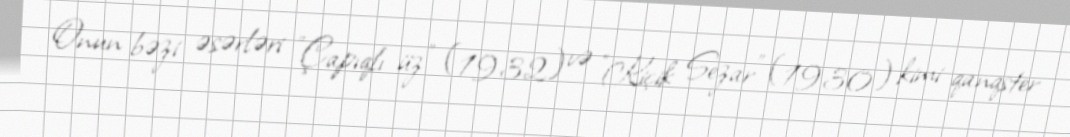
Onun bəzi əsərləri "Çapıqlı üz" (1932) və "Kiçik Sezar" (1930) kimi qanqster